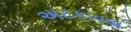
અટકાવવા